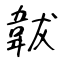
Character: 韍